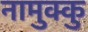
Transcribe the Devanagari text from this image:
नामुक्कु